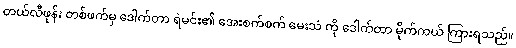
တယ်လီဖုန်း တစ်ဖက်မှ ဒေါက်တာ ရဲမင်း၏ အေးစက်စက် မေးသံ ကို ဒေါက်တာ မိုက်ကယ် ကြားရသည်။